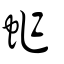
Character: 蚱